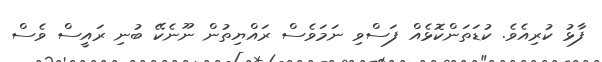
ފާޅު ކުރިއެވެ. ކުޑަތަންކޮޅެއް ފަސްވި ނަމަވެސް ރައްޔިތުން ނޫނެކޭ ބުނި ރައީސް ވެސް